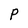
Character: P